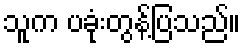
သူက ပခုံးတွန့်ပြသည်။